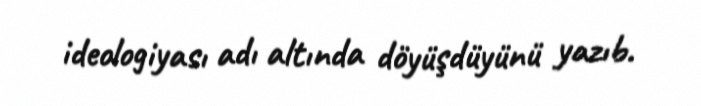
ideologiyası adı altında döyüşdüyünü yazıb.